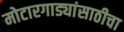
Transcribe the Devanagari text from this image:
मोटारगाड्यांसाठीचा